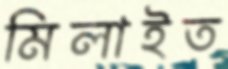
মিলাইত